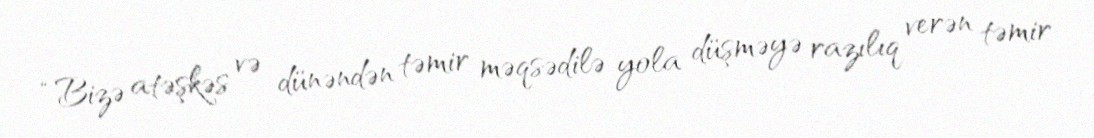
“Bizə atəşkəs və dünəndən təmir məqsədilə yola düşməyə razılıq verən təmir